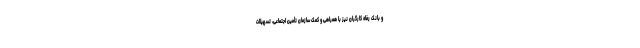
و بانک رفاه کارگران نیز با همراهی و کمک سازمان تأمین اجتماعی، تسهیلات